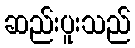
ဆည်းပူးသည်